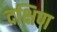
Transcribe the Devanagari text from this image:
दक्षिण